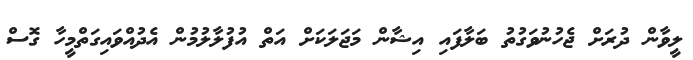
ލީވާން ދުރަށް ޖެހުނުވަގުތު ބަލާފައި އިޝާން މަޖަލަކަށް އަތް އުފުލާލުމުން އެދުއްވައިގަތްމީހާ ގޮސް